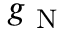
g _ { \mathrm { ~ N ~ } }